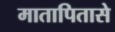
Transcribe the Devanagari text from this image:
मातापितासे